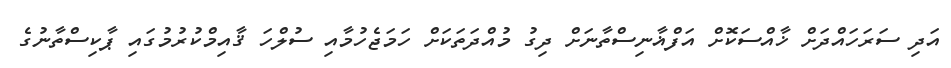
އަދި ސަރަހައްދަށް ޚާއްސަކޮށް އަފްޣާނިސްތާނަށް ދިގު މުއްދަތަކަށް ހަމަޖެހުމާއި ސުލްހަ ޤާއިމްކުރުމުގައި ޕާކިސްތާނުގެ